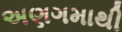
અણગમાથી